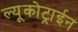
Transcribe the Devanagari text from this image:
ल्यूकोट्राईन